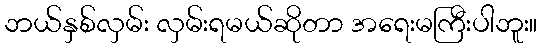
ဘယ်နှစ်လှမ်း လှမ်းရမယ်ဆိုတာ အရေးမကြီးပါဘူး။